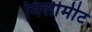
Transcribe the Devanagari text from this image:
मिलीमीट